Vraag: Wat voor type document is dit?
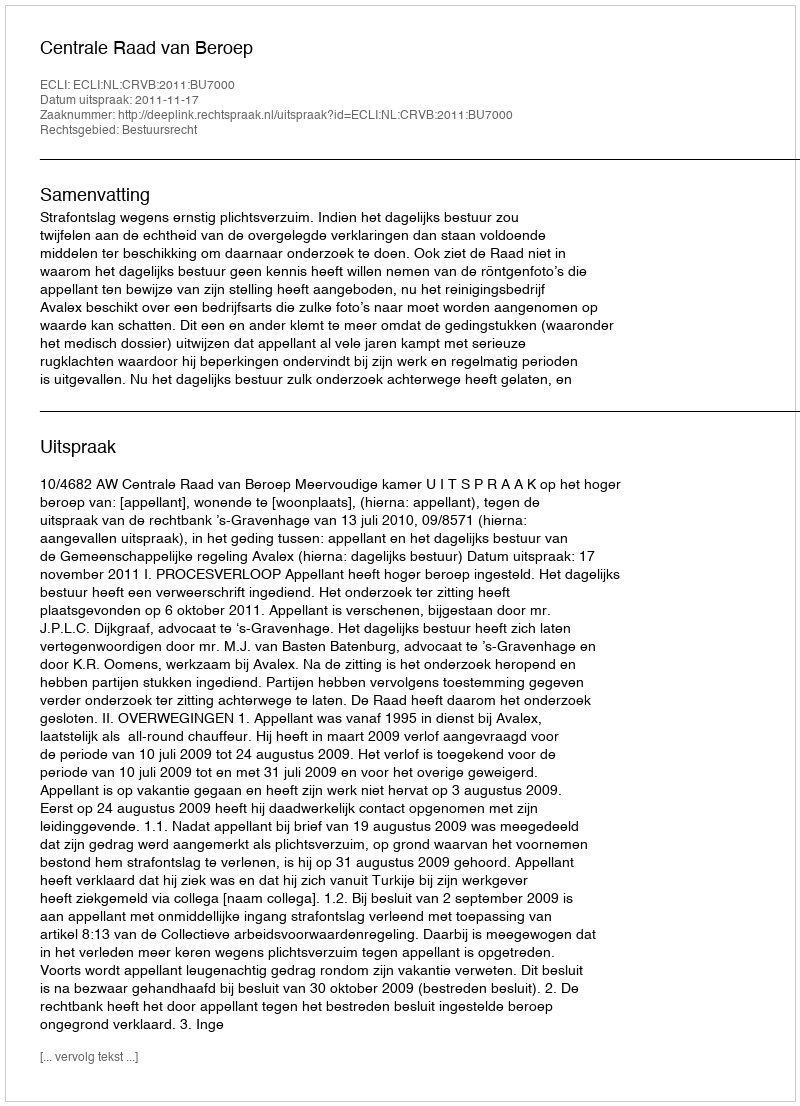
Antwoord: Uitspraak